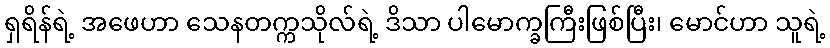
ရှရိန်ရဲ့ အဖေဟာ သေနတက္ကသိုလ်ရဲ့ ဒိသာ ပါမောက္ခကြီးဖြစ်ပြီး၊ မောင်ဟာ သူရဲ့